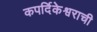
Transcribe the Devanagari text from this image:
कपर्दिकेश्वराची